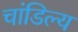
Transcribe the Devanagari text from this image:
चांडिल्य